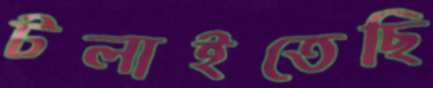
টলাইতেছি